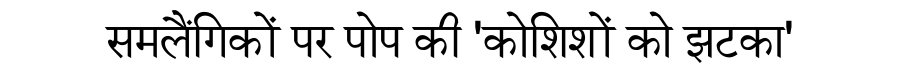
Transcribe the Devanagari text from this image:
समलैंगिकों पर पोप की 'कोशिशों को झटका'